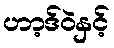
ဟာ့ဒ်ဝဲနှင့်